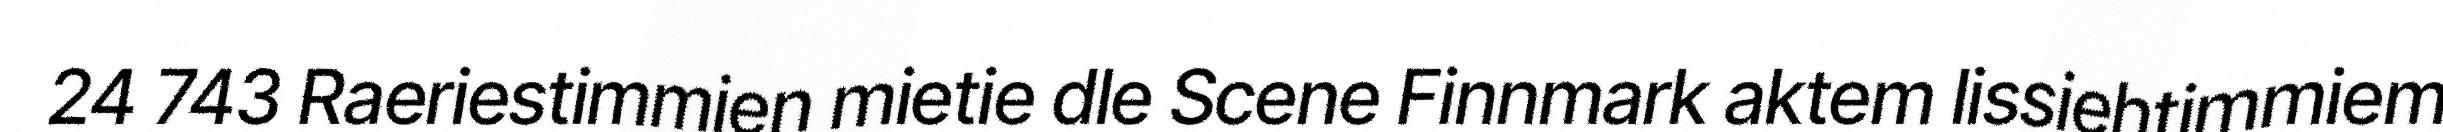
24 743 Raeriestimmien mietie dle Scene Finnmark aktem lissiehtimmiem